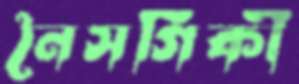
নৈসর্গিকী